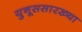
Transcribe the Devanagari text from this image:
युनूससारख्या